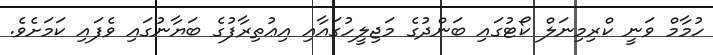
ހުމާމް ވަނީ ކްރިމިނަލް ކޯޓުގައި ބަންދުގެ މަޖިލީހުގައާއި އިޢުތިރާފުގެ ބަޔާނުގައި ވެފައި ކަމަށެވެ.